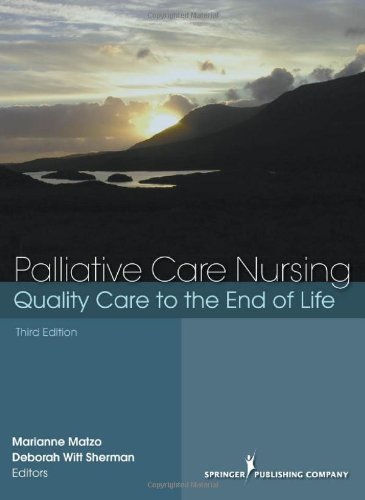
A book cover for Palliative Care Nursing: Quality Care to the End of Life, Third Edition; Self-Help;